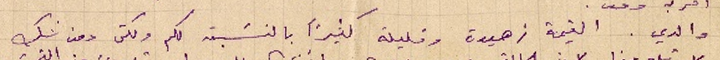
والدي. القيمة زهيدة وقليلة كثيراً بالنسَبة لكم ولكن دون شك